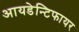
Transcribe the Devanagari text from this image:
आयडेन्टिफायर